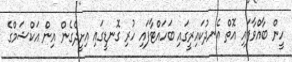
ހީން ބާއްވާފައި އޮތް އެނދުކައިރީގައި ބަހައްޓާފައި ހުރި ގޮނޑީގައި އިށީދެގެން އިން އަކްޝަމްގެ